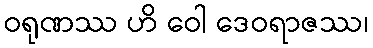
ဝရုဏဿ ဟိ ဝေါ ဒေဝရာဇဿ၊